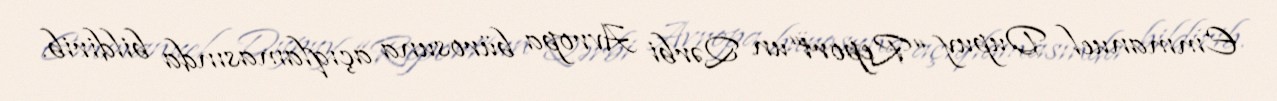
Emmanuel Dupuy “Report“un Qərbi Avropa bürosuna açıqlamasında bildirib.